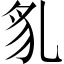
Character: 𧲠